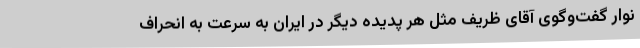
نوار گفت‌وگوی آقای ظریف مثل هر پدیده دیگر در ایران به سرعت به انحراف